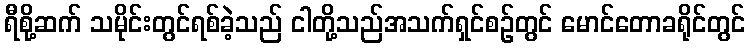
ရီစို့ဆက် သမိုင်းတွင်ရစ်ခဲ့သည် ငါတို့သည်အသက်ရှင်စဉ်တွင် မောင်တောခရိုင်တွင်